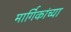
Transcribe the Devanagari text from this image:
मार्गिकांच्या